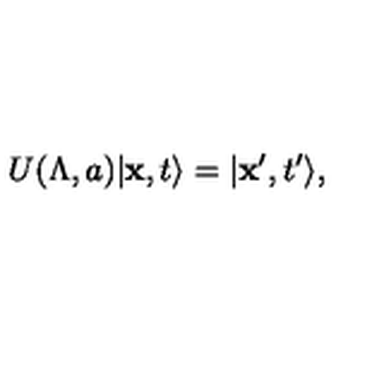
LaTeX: U ( \Lambda , a ) \vert { \bf x } , t \rangle = \vert { \bf x } ^ { \prime } , t ^ { \prime } \rangle ,